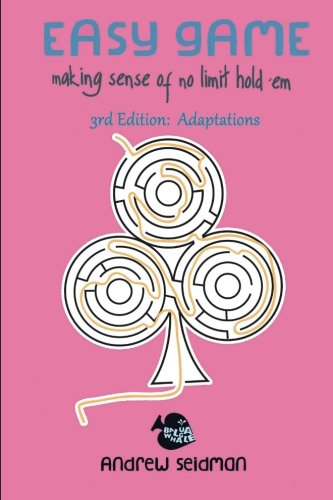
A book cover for Easy Game: Making Sense of No Limit Hold'Em 3rd Edition: Adaptations; Andrew Seidman; Humor & Entertainment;